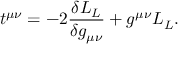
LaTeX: t ^ { \mu \nu } = - 2 { \frac { \delta { \cal L } _ { L } } { \delta g _ { \mu \nu } } } + g ^ { \mu \nu } { \cal L } _ { L } .